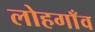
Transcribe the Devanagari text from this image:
लोहगाँव